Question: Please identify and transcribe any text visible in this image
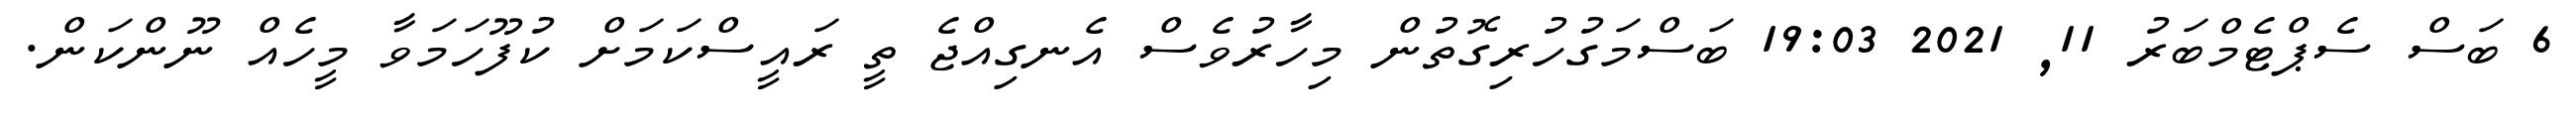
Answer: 6 ބަސް ސެޕްޓެމްބަރު 11, 2021 19:03 ބަސްމަގުހުރިގޮތުން މިހާރުވެސް އެނގިއްޖެ ތީ ރައީސްކަމަށް ކުފޫހަމަވާ މީހެއް ނޫންކަން.